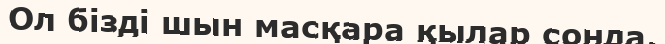
Ол бізді шын масқара қылар сонда,